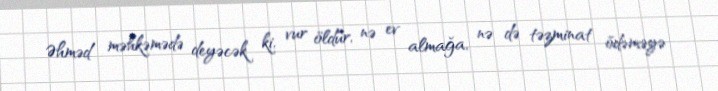
Əhməd məhkəmədə deyəcək ki, vur öldür, nə ev almağa, nə də təzminat ödəməyə